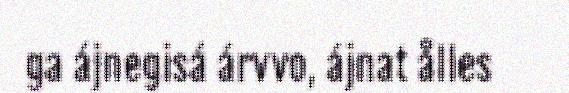
ga ájnegisá árvvo, ájnat ålles